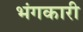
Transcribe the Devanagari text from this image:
भंगकारी